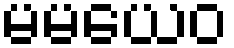
မမယေဝ